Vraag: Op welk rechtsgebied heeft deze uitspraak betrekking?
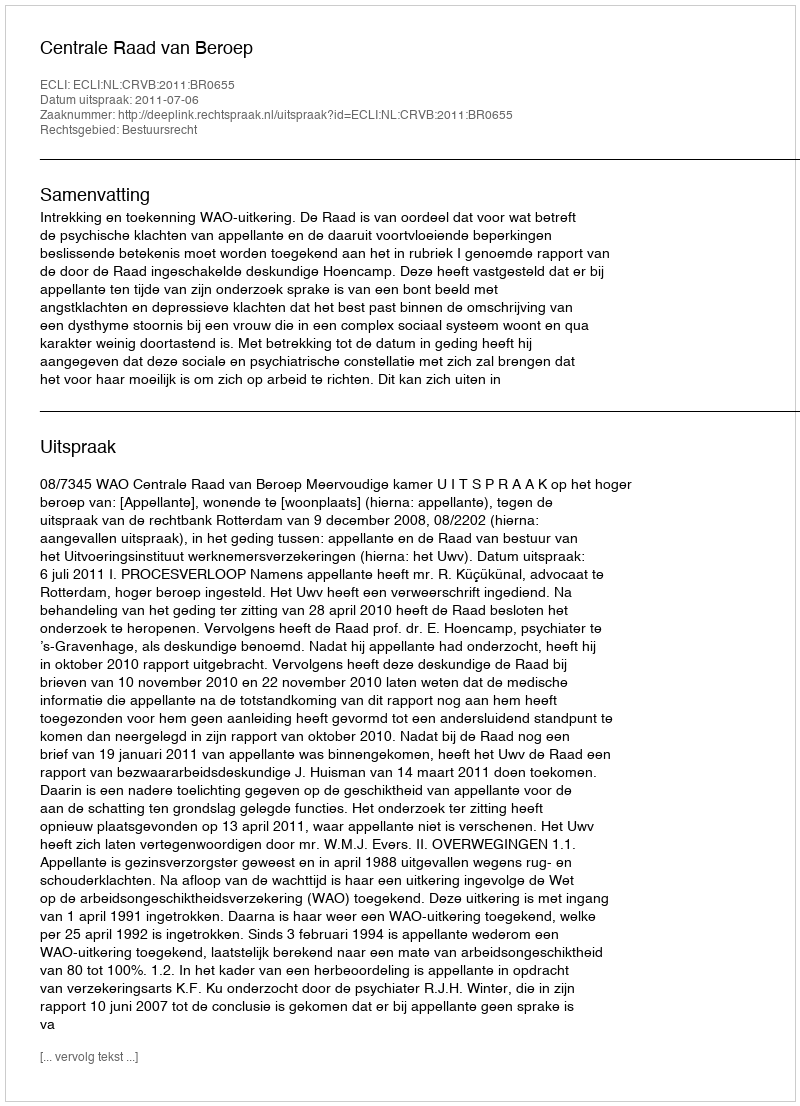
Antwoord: Bestuursrecht